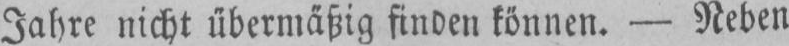
Jahre nicht übermäßig finden können. - Neben